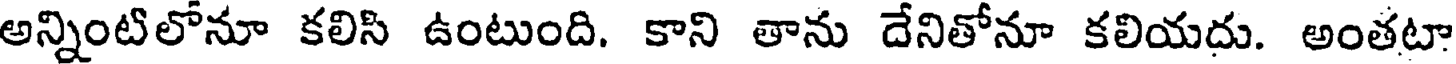
అన్నింటిలోనూ కలిసి ఉంటుంది. కాని తాను దేనితోనూ కలియదు. అంతటా